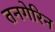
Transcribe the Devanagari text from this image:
तनगेरिन